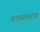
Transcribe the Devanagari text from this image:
बाध्यकरण